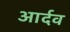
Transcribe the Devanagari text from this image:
आर्दव